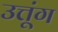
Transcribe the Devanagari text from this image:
उत्तूंग